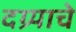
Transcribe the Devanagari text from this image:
दग्र्याचे